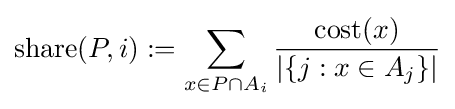
{\text{share}}(P,i):=\sum _{x\in P\cap A_{i}}{\frac {{\text{cost}}(x)}{|\{j:x\in A_{j}\}|}}